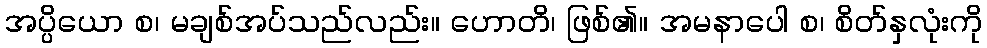
အပ္ပိယော စ၊ မချစ်အပ်သည်လည်း။ ဟောတိ၊ ဖြစ်၏။ အမနာပေါ စ၊ စိတ်နှလုံးကို